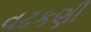
વઢકણી